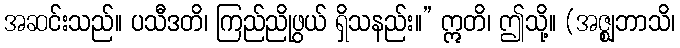
အဆင်းသည်။ ပသီဒတိ၊ ကြည်ညိုဖွယ် ရှိသနည်း။” ဣတိ၊ ဤသို့။ (အဇ္ဈဘာသိ၊